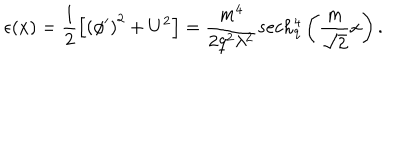
\epsilon ( x ) = \frac 1 2 \left[ \left( \phi ^ { \prime } \right) ^ { 2 } + U ^ { 2 } \right] = \frac { m ^ { 4 } } { 2 q ^ { 2 } \lambda ^ { 2 } } s e c h _ { q } ^ { 4 } \left( \frac { m } { \sqrt 2 } x \right) .